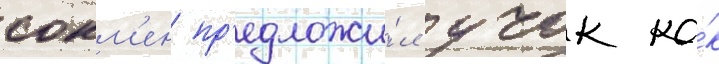
сокм'ен пр'едложи́л учок ка́к